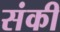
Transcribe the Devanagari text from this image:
संकी